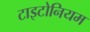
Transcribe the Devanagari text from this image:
टाइटोनियम